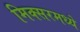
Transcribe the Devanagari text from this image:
मिक्‍सरमध्ये